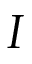
I